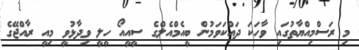
މި ރަސްމިއްޔާތުގައި ވާހަކަ ދައްކަވަމުން ބީއެމްއެލްގެ ސީއީއޯ ހީލީ ވިދާޅުވީ މިއީ ރާއްޖޭގެ